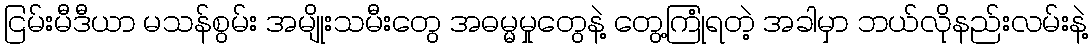
ငြမ်းမီဒီယာ မသန်စွမ်း အမျိုးသမီးတွေ အဓမ္မမှုတွေနဲ့ တွေ့ကြုံရတဲ့ အခါမှာ ဘယ်လိုနည်းလမ်းနဲ့